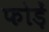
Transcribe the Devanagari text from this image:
फोड़ें